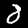
Label: 8